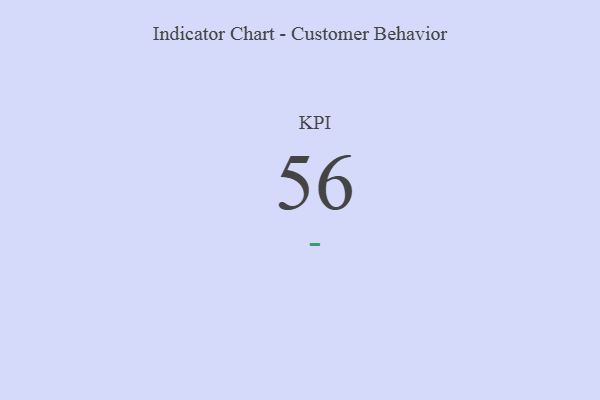
{"axis": {"x": "KPI", "y": "Value"}, "legend": [""], "data": [{"x": "KPI", "y": 56, "type": ""}]}